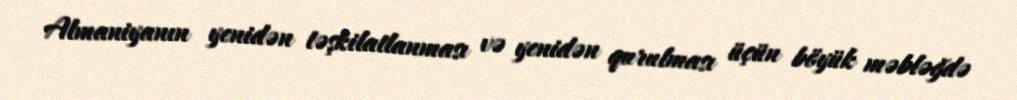
Almaniyanın yenidən təşkilatlanması və yenidən qurulması üçün böyük məbləğdə